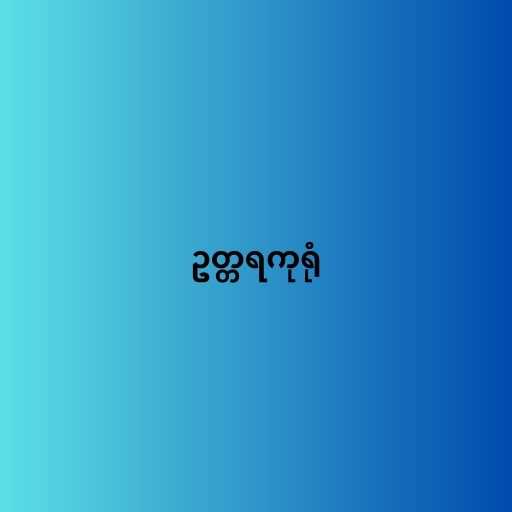
ဥတ္တရကုရုံ